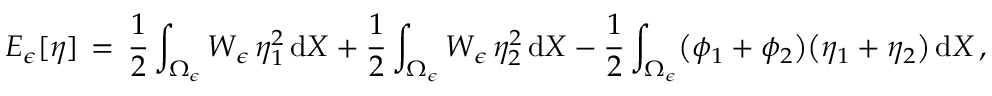
E _ { \epsilon } [ \eta ] \, = \, \frac 1 2 \int _ { \Omega _ { \epsilon } } W _ { \epsilon } \, \eta _ { 1 } ^ { 2 } \, \mathrm { d } X + \frac 1 2 \int _ { \Omega _ { \epsilon } } W _ { \epsilon } \, \eta _ { 2 } ^ { 2 } \, \mathrm { d } X - \frac 1 2 \int _ { \Omega _ { \epsilon } } \bigl ( \phi _ { 1 } + \phi _ { 2 } \bigr ) \bigl ( \eta _ { 1 } + \eta _ { 2 } \bigr ) \, \mathrm { d } X \, ,